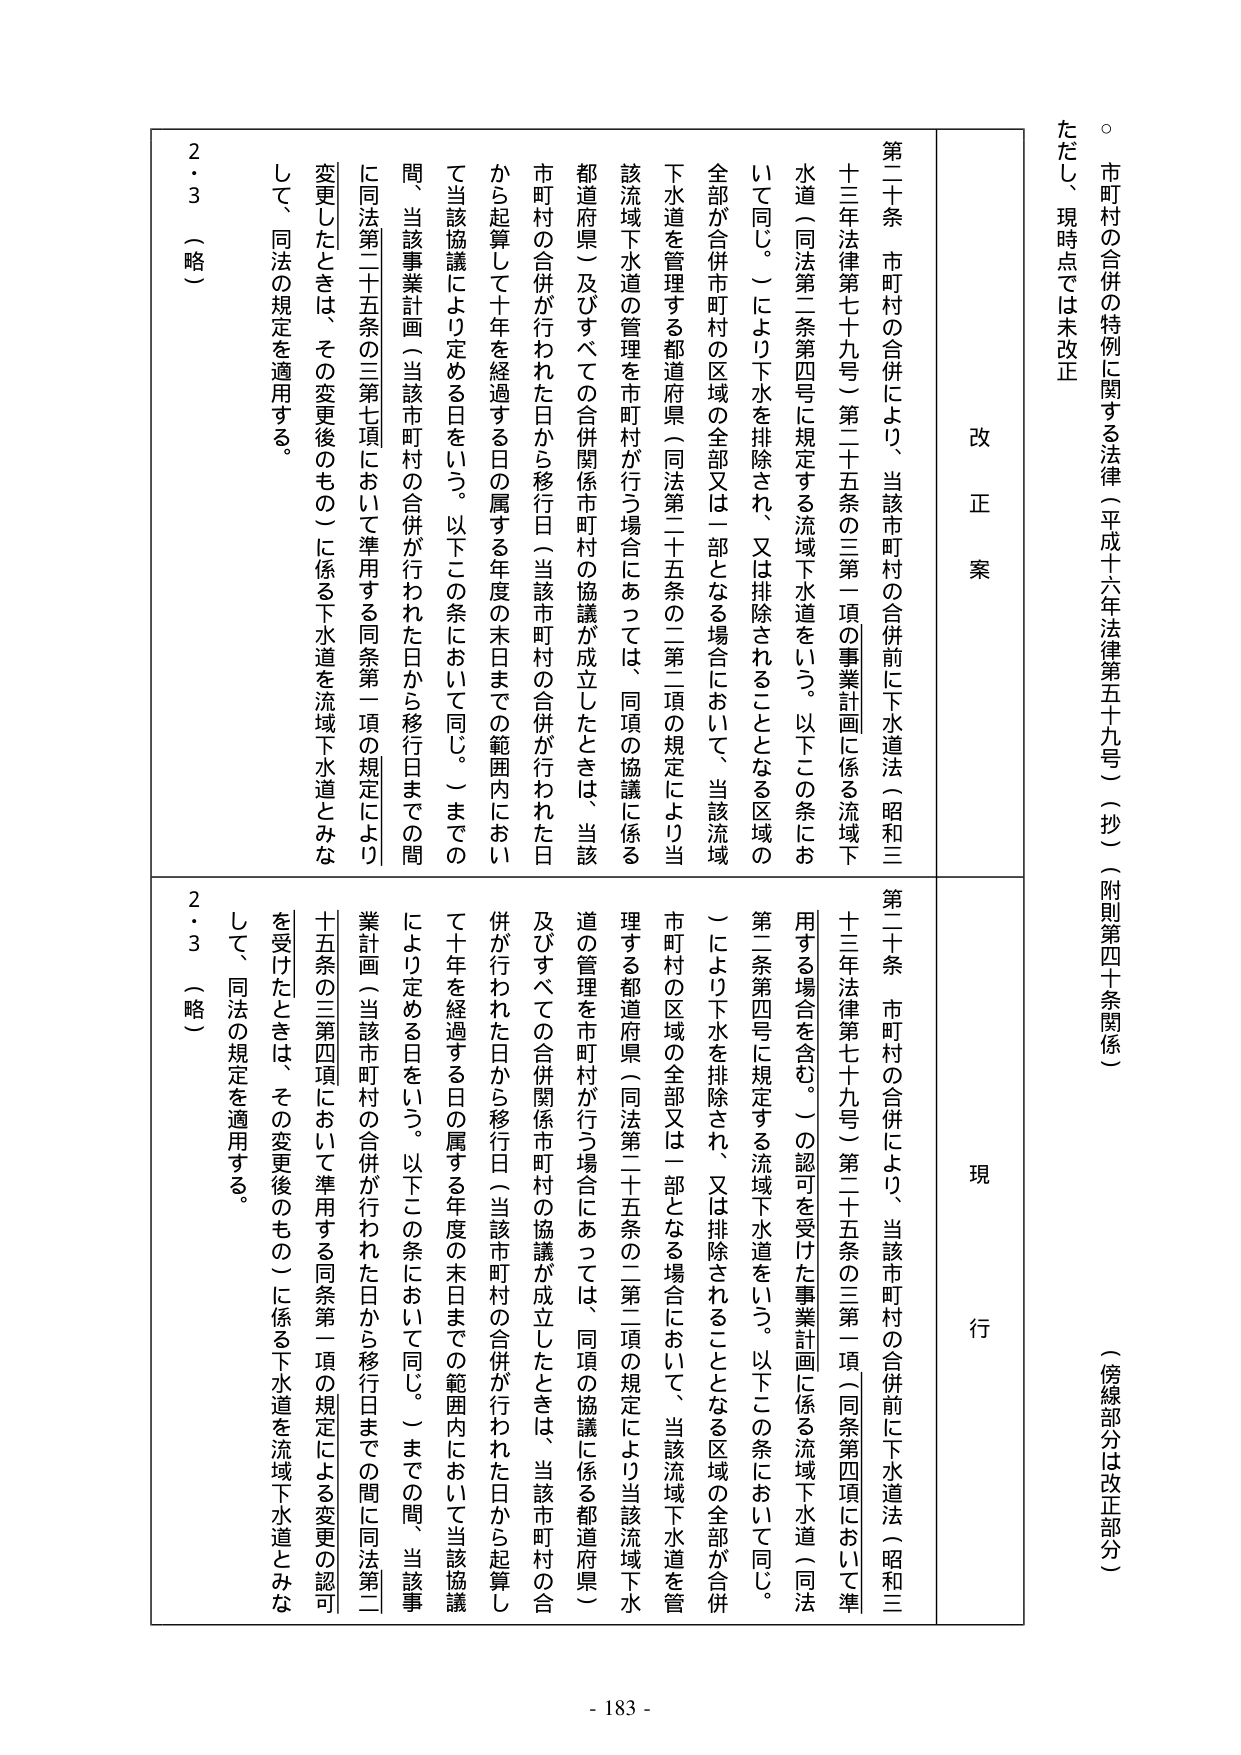
市町村の合併の特例に関する法律（平成十六年法律第五十九号）（抄）（附則第四十条関係）
（傍線部分は改正部分）
ただし、現時点では未改正

改正案
第二十条 市町村の合併により、当該市町村の合併前に下水道法（昭和三十三年法律第七十九号）第二十五条の三第一項の事業計画に係る流域下水道（同法第二条第四号に規定する流域下水道をいう。以下この条において同じ。）により下水を排除され、又は排除されることとなる区域の全部が合併市町村の区域の全部又は一部となる場合において、当該流域下水道を管理する都道府県（同法第二十五条の二第二項の規定により当該流域下水道の管理を市町村が行う場合にあっては、同項の協議に係る都道府県）及びすべての合併関係市町村の協議が成立したときは、当該市町村の合併が行われた日から移行日（当該市町村の合併が行われた日から起算して十年を経過する日の属する年度の末日までの範囲内において当該協議により定める日をいう。以下この条において同じ。）までの間、当該事業計画（当該市町村の合併が行われた日から移行日までの間）に同法第二十五条の三第七項において準用する同条第一項の規定により変更したときは、その変更後のもの）に係る下水道を流域下水道とみなして、同法の規定を適用する。
2・3 （略）

現行
第二十条 市町村の合併により、当該市町村の合併前に下水道法（昭和三十三年法律第七十九号）第二十五条の三第一項（同条第四項において準用する場合を含む。）の認可を受けた事業計画に係る流域下水道（同法第二条第四号に規定する流域下水道をいう。以下この条において同じ。）により下水を排除され、又は排除されることとなる区域の全部が合併市町村の区域の全部又は一部となる場合において、当該流域下水道を管理する都道府県（同法第二十五条の二第二項の規定により当該流域下水道の管理を市町村が行う場合にあっては、同項の協議に係る都道府県）及びすべての合併関係市町村の協議が成立したときは、当該市町村の合併が行われた日から移行日（当該市町村の合併が行われた日から起算して十年を経過する日の属する年度の末日までの範囲内において当該協議により定める日をいう。以下この条において同じ。）までの間、当該事業計画（当該市町村の合併が行われた日から移行日までの間）に同法第二十五条の三第四項において準用する同条第一項の規定による変更の認可を受けたときは、その変更後のもの）に係る下水道を流域下水道とみなして、同法の規定を適用する。
2・3 （略）

- 183 -